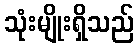
သုံးမျိုးရှိသည်